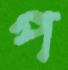
প